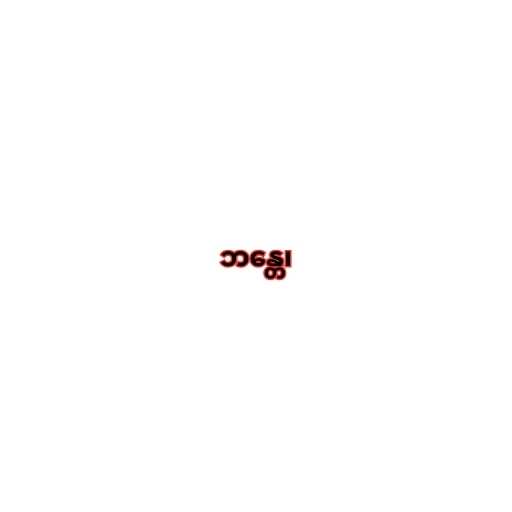
ဘန္တေ၊